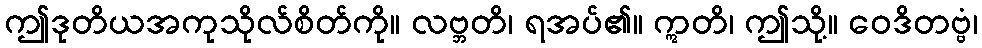
ဤဒုတိယအကုသိုလ်စိတ်ကို။ လဗ္ဘတိ၊ ရအပ်၏။ ဣတိ၊ ဤသို့။ ဝေဒိတဗ္ဗံ၊